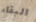
البقاء